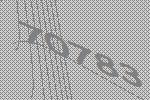
70783